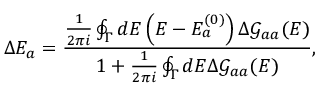
\Delta E _ { a } = \frac { \frac { 1 } { 2 \pi i } \oint _ { \Gamma } d E \left( E - E _ { a } ^ { ( 0 ) } \right) \Delta \mathcal { G } _ { a a } ( E ) } { 1 + \frac { 1 } { 2 \pi i } \oint _ { \Gamma } d E \Delta \mathcal { G } _ { a a } ( E ) } ,